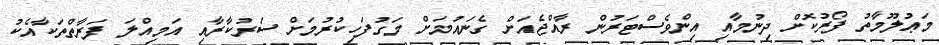
މަޢުލޫމާތު ފޯރުކޮށް ދިނުމާއި އިންވެސްޓަރުން ރާއްޖެއަށް ގެނައުމަށް މަގުފަހިކުރުމަށް ސަރުކާރާއި އަމިއްލަ ފަރާތްތަކާއެކު